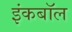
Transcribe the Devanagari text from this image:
इंकबॉल